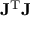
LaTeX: \mathbf { J } ^ { \mathrm { T } } \mathbf { J }